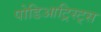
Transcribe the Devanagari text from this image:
पोडिआट्रिस्ट्स